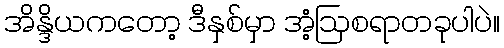
အိန္ဒိယကတော့ ဒီနှစ်မှာ အံ့ဩစရာတခုပါပဲ။